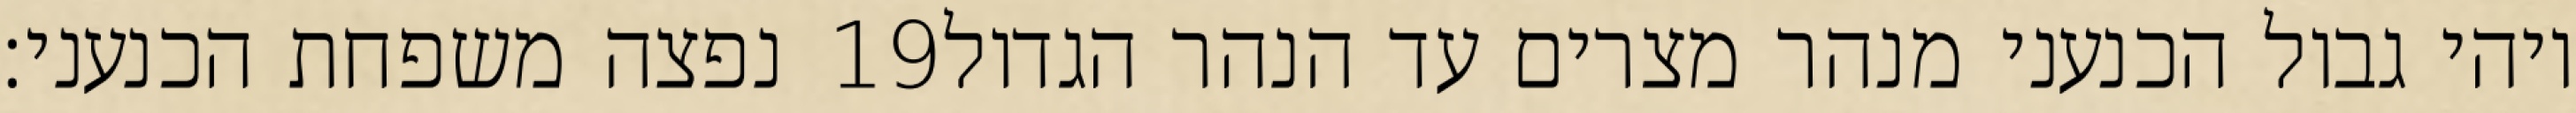
נפצה משפחת הכנעני׃ ‎19‏ ויהי גבול הכנעני מנהר מצרים עד הנהר הגדול